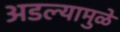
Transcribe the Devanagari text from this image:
अडल्यामुळे